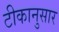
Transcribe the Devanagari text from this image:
टीकानुसार